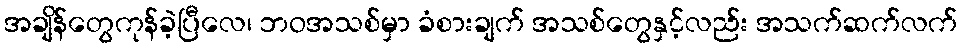
အချိန်တွေကုန်ခဲ့ပြီလေ၊ ဘဝအသစ်မှာ ခံစားချက် အသစ်တွေနှင့်လည်း အသက်ဆက်လက်